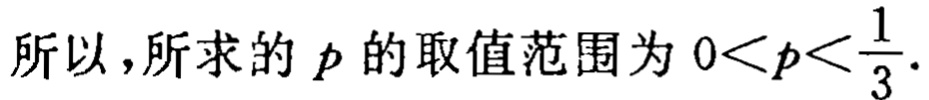
所以，所求的 \(p\) 的取值范围为 \(0<p<\frac{1}{3}\).